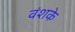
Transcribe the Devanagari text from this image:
वंशके